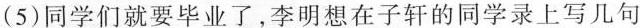
(5)同学们就要毕业了，李明想在子轩的同学录上写几句